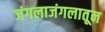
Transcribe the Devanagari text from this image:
जंगलाजंगलातून